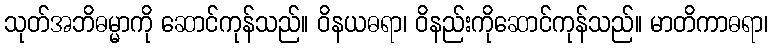
သုတ်အဘိဓမ္မာကို ဆောင်ကုန်သည်။ ဝိနယဓရာ၊ ဝိနည်းကိုဆောင်ကုန်သည်။ မာတိကာဓရာ၊